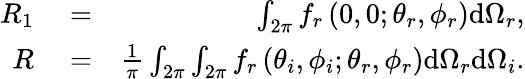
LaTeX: \begin{array}{rlr}{R_{1}}&{{}=}&{\int_{2\pi}f_{r}\left(0,0;\theta_{r},\phi_{r}\right)\mathrm{d}\Omega_{r},}\\ {R}&{{}=}&{\frac{1}{\pi}\int_{2\pi}\int_{2\pi}f_{r}\left(\theta_{i},\phi_{i};\theta_{r},\phi_{r}\right)\mathrm{d}\Omega_{r}\mathrm{d}\Omega_{i}.}\end{array}